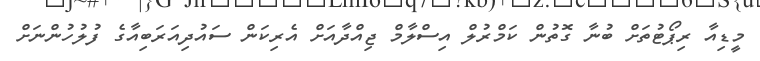
މީޑިއާ ރިޕޯޓުތަށް ބުނާ ގޮތުން ކަމްރުލް އިސްލާމް ޖިއްދާއަށް އެރިކަން ސައުދިއަރަބިއާގެ ފުލުހުންނަށް